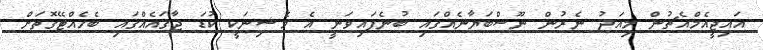
އައިޖީއެމްއެޗުން މިއަދު ނެރުން ނޫސްބަޔާނެއްގައި ބުނެފައިވަނީ އެ މެޝިނަކީ ކުޑަ ޖާގައެއްގައި ބެހެއްޓޭގޮތަށް